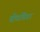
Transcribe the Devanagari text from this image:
बीचवियर